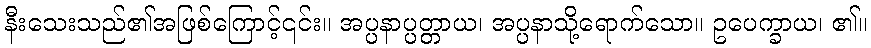
နီးသေးသည်၏အဖြစ်ကြောင့်၎င်း။ အပ္ပနာပ္ပတ္တာယ၊ အပ္ပနာသို့ရောက်သော။ ဥပေက္ခာယ၊ ၏။